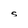
Character: S